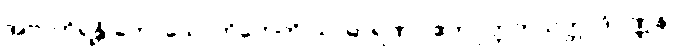
အဗာဟိရန္တိ ကောသောဟိတေတိ သာဓာရဏာ ဧကပုတ္တကသုတ္တာဒိဝဏ္ဏနာ